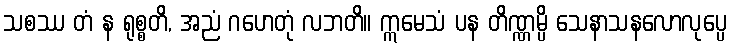
သစဿ တံ န ရုစ္စတိ, အညံ ဂဟေတုံ လဘတိ။ ဣမေသံ ပန တိဏ္ဏမ္ပိ သေနာသနလောလုပ္ပေ